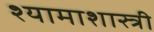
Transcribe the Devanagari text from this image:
श्यामाशास्त्री